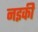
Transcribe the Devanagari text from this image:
नइकी